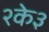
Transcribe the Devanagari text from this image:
२के३